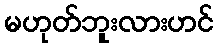
မဟုတ်ဘူးလားဟင်